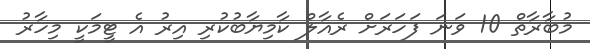
މުބާރާތް 10 ވަނަ ފަހަރަށް ރެއާލް ކާމިޔާބުކުރި އިރު އެ ޓީމަކީ މިހާރު